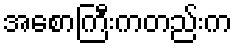
အစောကြီးကတည်းက